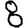
Digit: 8